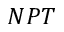
N P T